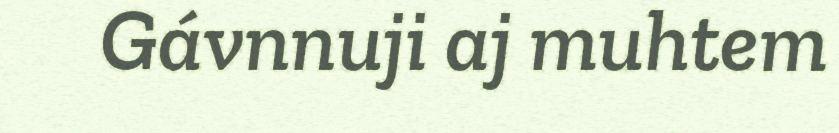
Gávnnuji aj muhtem